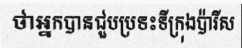
ថាអ្នកបានជួបប្រទះទីក្រុងប៉ារីស